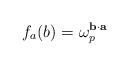
\begin{align*}f_a(b)& = \omega_p^{ \mathbf{b} \cdot \mathbf{a} }\end{align*}